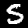
Label: 5